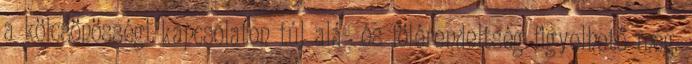
a kölcsönösségi kapcsolaton túl alá- és fölérendeltség figyelhető meg.